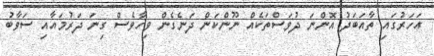
އަހަރުގައި ތާއަބަދު އޮންނަ ދުވަސްތަކެއް ނޫންކަން ދަނެގެން ވިހާވެސް ގިނަ ދަރުމައާއި ސަވާބު